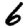
Digit: 6